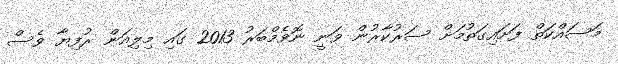
މަސައްކަތް ފަށައިގަތުމަށް ސަރުކާރުން ވަނީ ނޮވެމްބަރު 2013 ގައި މިލިއަން ރުފިޔާ ވެސް